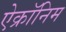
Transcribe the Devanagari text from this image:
ऐक्रॉनिम